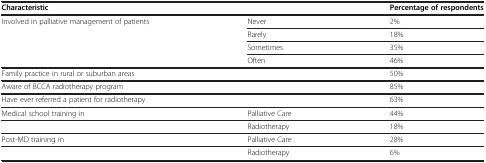
<table><thead><tr><td colspan="2"><b>Characteristic</b></td><td><b>Percentage of respondents</b></td></tr></thead><tbody><tr><td>Involved in palliative management of patients</td><td>Never</td><td>2%</td></tr><tr><td> </td><td>Rarely</td><td>18%</td></tr><tr><td> </td><td>Sometimes</td><td>35%</td></tr><tr><td> </td><td>Often</td><td>46%</td></tr><tr><td colspan="2">Family practice in rural or suburban areas</td><td>50%</td></tr><tr><td colspan="2">Aware of BCCA radiotherapy program</td><td>85%</td></tr><tr><td colspan="2">Have ever referred a patient for radiotherapy</td><td>63%</td></tr><tr><td>Medical school training in</td><td>Palliative Care</td><td>44%</td></tr><tr><td> </td><td>Radiotherapy</td><td>18%</td></tr><tr><td>Post-MD training in</td><td>Palliative Care</td><td>28%</td></tr><tr><td> </td><td>Radiotherapy</td><td>6%</td></tr></tbody></table>